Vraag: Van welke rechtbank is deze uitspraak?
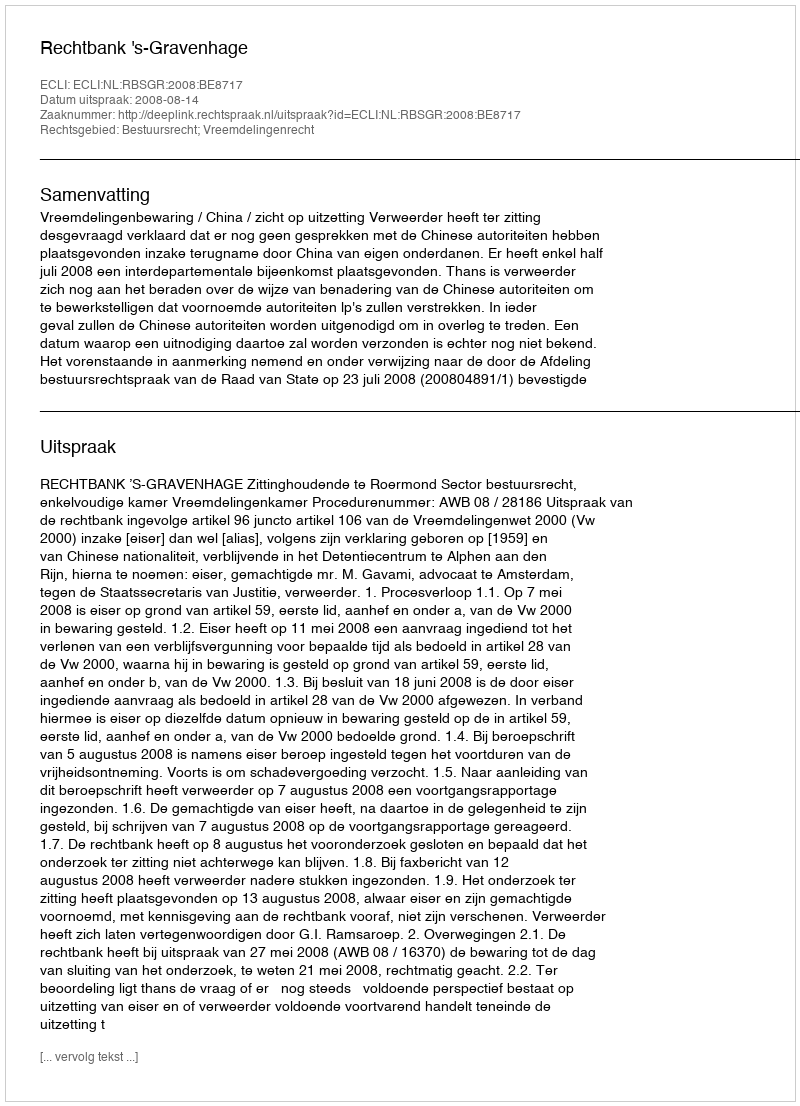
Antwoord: Rechtbank 's-Gravenhage